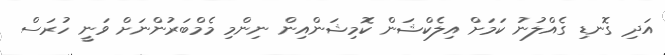
އަދި ގޮނޑި ގެއްލުނު ކަމަށް އިލެކްޝަން ކޮމިޝަންއިން ނިންމި މެމްބަރުންނަށް ވަނީ ހުރަސް